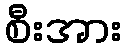
စီးအား